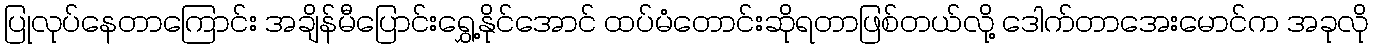
ပြုလုပ်နေတာကြောင်း အချိန်မီပြောင်းရွှေ့နိုင်အောင် ထပ်မံတောင်းဆိုရတာဖြစ်တယ်လို့ ဒေါက်တာအေးမောင်က အခုလို